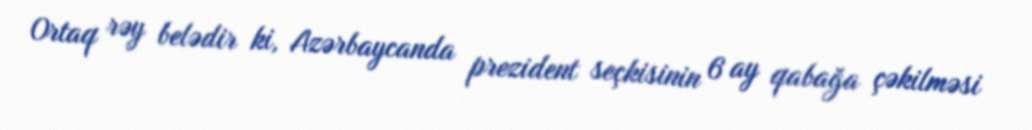
Ortaq rəy belədir ki, Azərbaycanda prezident seçkisinin 6 ay qabağa çəkilməsi